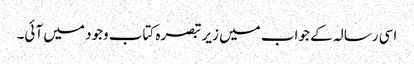
اسی رسالہ کے جواب میں زیر تبصرہ کتاب وجود میں آئی۔